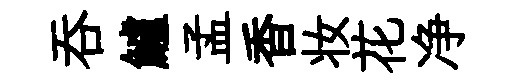
吞鱸孟香妆花净